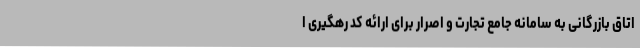
اتاق بازرگانی به سامانه جامع تجارت و اصرار برای ارائه کد رهگیری ا